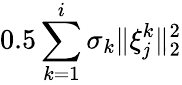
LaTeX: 0.5\sum_{k=1}^{i}\sigma_{k}\| \xi_{\mathit{j}}^{k}\| _{2}^{2}